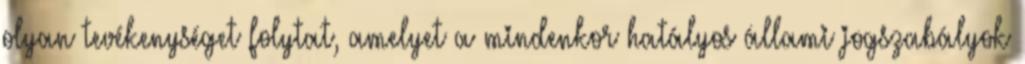
olyan tevékenységet folytat, amelyet a mindenkor hatályos állami jogszabályok